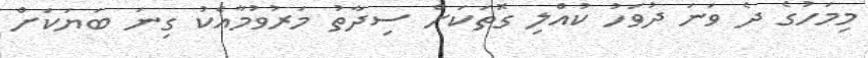
މިމަހުގެ ދެ ވަނަ ދުވަހު ކުއްލި ގޮތަކަށް ސިދާތު މަރުވުމާއެކު ގިނަ ބަޔަކަށް